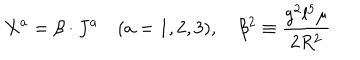
X ^ { a } = \beta \cdot J ^ { a } \quad ( a = 1 , 2 , 3 ) , \quad \beta ^ { 2 } \equiv \frac { g ^ { 2 } l ^ { 5 } \mu } { 2 R ^ { 2 } }